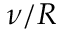
\nu / R